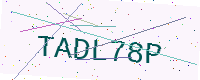
Text: TADL78P